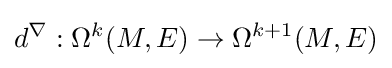
d^{\nabla }:\Omega ^{k}(M,E)\to \Omega ^{k+1}(M,E)